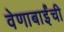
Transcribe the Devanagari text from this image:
वेणाबाईंची